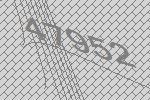
47952